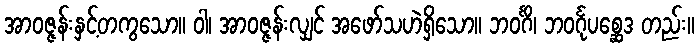
အာဝဇ္ဇန်းနှင့်တကွသော။ ဝါ၊ အာဝဇ္ဇန်းလျှင် အဖော်သဟဲရှိသော။ ဘဝင်္ဂိ၊ ဘဝင်္ဂုပစ္ဆေဒ တည်း။